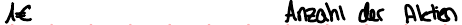
1€ Anzahl der Aktien